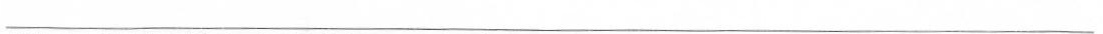
___